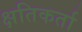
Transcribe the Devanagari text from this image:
क्षतिकर्ता